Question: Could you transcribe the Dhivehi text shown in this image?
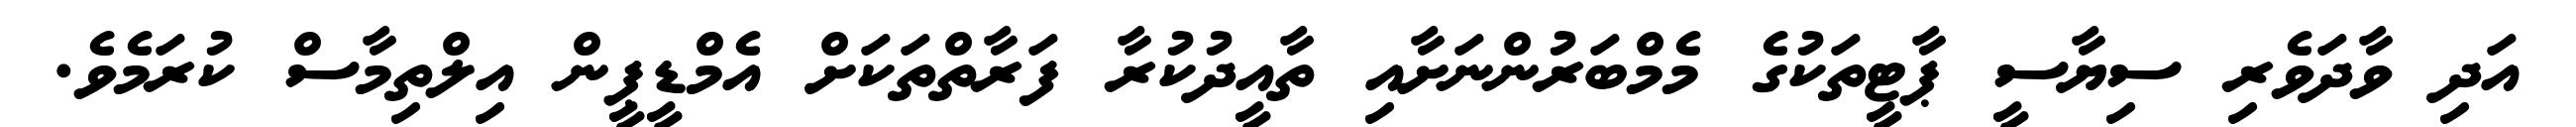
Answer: އަދި ވާދަވެރި ސިޔާސީ ޕާޓީތަކުގެ މެމްބަރުންނަށާއި ތާއީދުކުރާ ފަރާތްތަކަށް އެމްޑީޕީން އިލްތިމާސް ކުރަމެވެ.